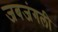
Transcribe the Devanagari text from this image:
जबजंगली